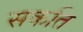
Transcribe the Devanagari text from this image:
सकति